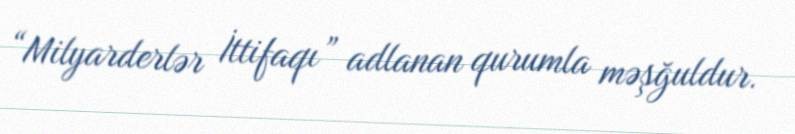
“Milyarderlər İttifaqı” adlanan qurumla məşğuldur.